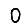
Digit: 0